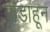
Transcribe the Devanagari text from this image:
जडाहून